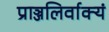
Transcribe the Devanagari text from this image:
प्राञ्जलिर्वाक्यं